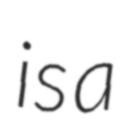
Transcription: is a